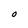
Character: O